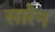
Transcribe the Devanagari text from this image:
सारैन